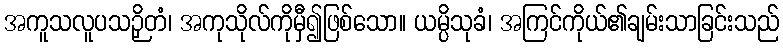
အကူသလူပသဉှိတံ၊ အကုသိုလ်ကိုမှီ၍ဖြစ်သော။ ယမ္ပိသုခံ၊ အကြင်ကိုယ်၏ချမ်းသာခြင်းသည်